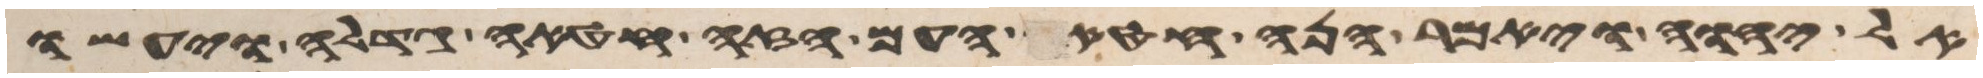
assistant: אל יהוה ויאמר הנה חטא העם הזה חטאה גדלה ויעשו